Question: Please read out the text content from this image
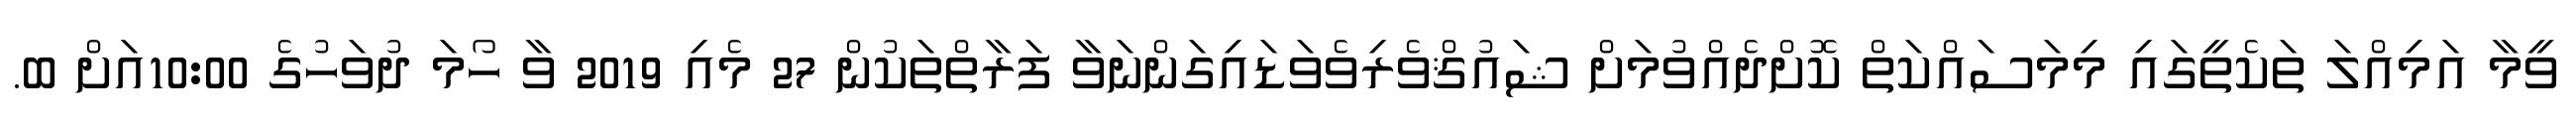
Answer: ވީމާ އަމިއްލަ ތަކެތީގައި މިމަސައްކަތް ކޮށްދެއްވުމަށް ޝައުޤްވެރިވެވަޑައިގަންނަވާ ފަރާތްތަކުން 27 މެއި 2019 ވާ ހޯމަ ދުވަހުގެ 10:00އަށް ބ.